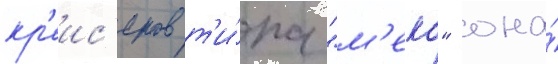
кр'еис'еров т'и́па "м'еко" она́